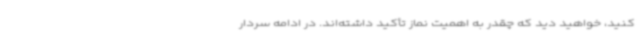
کنید، خواهید دید که چقدر به اهمیت نماز تأکید داشته‌اند. در ادامه سردار